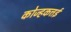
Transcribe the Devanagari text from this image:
कोज्हकत्तई